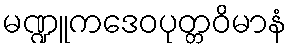
မဏ္ဍူကဒေဝပုတ္တဝိမာနံ